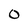
Character: O